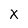
Character: x